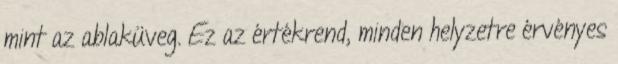
mint az ablaküveg. Ez az értékrend, minden helyzetre érvényes